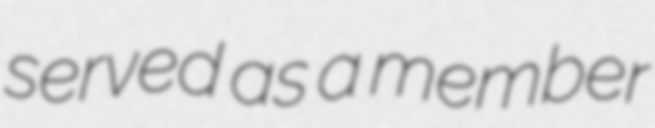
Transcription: served as a member